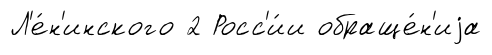
Л'е́н'инского 2 Росс'и́и обраще́н'иjа